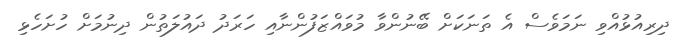
ދިރިއުޅުއްވި ނަމަވެސް އެ ތަނަކަށް ބޭނުންވާ މުވައްޒަފުންނާއި ހަރަދު ދައުލަތުން ދިނުމަށް ހުށަހެޅި